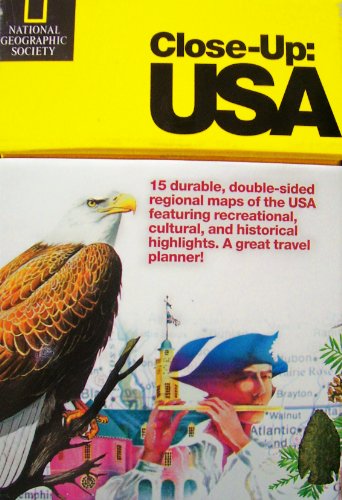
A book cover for National Geographic Society Close-Up: Usa - 15 Double Sided Regional Maps of the 50 States, Great Lakes, Puerto Rico, Virgin Islands, Bahamas & Maritime Provinces of Canada + User's Guide + 50 Great Scenic Drives + Map of the U.S.; Travel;